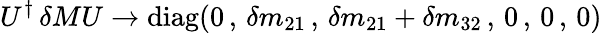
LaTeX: U^{\dagger}\, \delta MU\rightarrow\mathrm{diag}(0\, ,\, \delta m_{21}\, ,\, \delta m_{21}+\delta m_{32}\, ,\, 0\, ,\, 0\, ,\, 0)